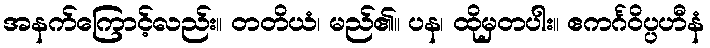
အနက်ကြောင့်လည်း။ တတိယံ၊ မည်၏။ ပန၊ ထိုမှတပါး။ ဧကင်္ဂဝိပ္ပဟီနံ